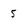
Character: 5